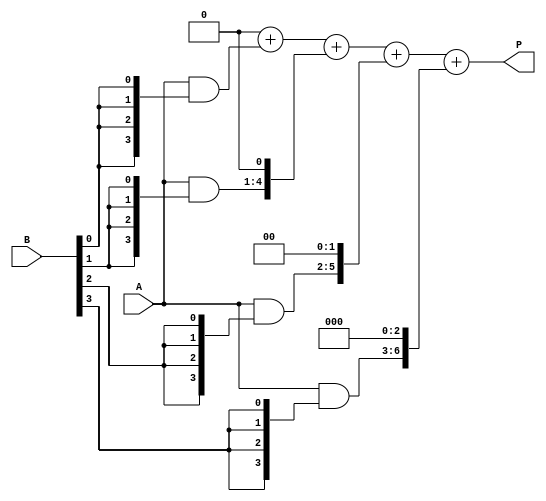
module array_multiplier #(parameter A_WIDTH = 4, parameter B_WIDTH = 4)(
    input [A_WIDTH-1:0] A,  // Multiplicand
    input [B_WIDTH-1:0] B,  // Multiplier
    output reg [A_WIDTH + B_WIDTH - 1:0] P  // Product
);

    // Partial products
    reg [A_WIDTH-1:0] partial_products[B_WIDTH-1:0];

    integer i, j;

    // Generate partial products
    always @(*) begin
        // Initialize product to zero
        P = 0;

        // Generate partial products
        for (i = 0; i < B_WIDTH; i = i + 1) begin
            partial_products[i] = A & {A_WIDTH{B[i]}};
        end

        // Sum the partial products
        for (i = 0; i < B_WIDTH; i = i + 1) begin
            P = P + (partial_products[i] << i);
        end
    end

endmodule